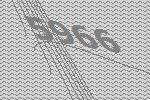
5966